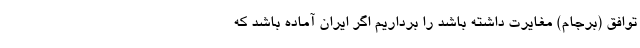
توافق (برجام) مغایرت داشته باشد را برداریم اگر ایران آماده باشد که